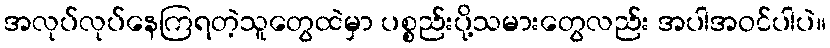
အလုပ်လုပ်နေကြရတဲ့သူတွေထဲမှာ ပစ္စည်းပို့သမားတွေလည်း အပါအဝင်ပါပဲ။